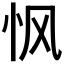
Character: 𮲂